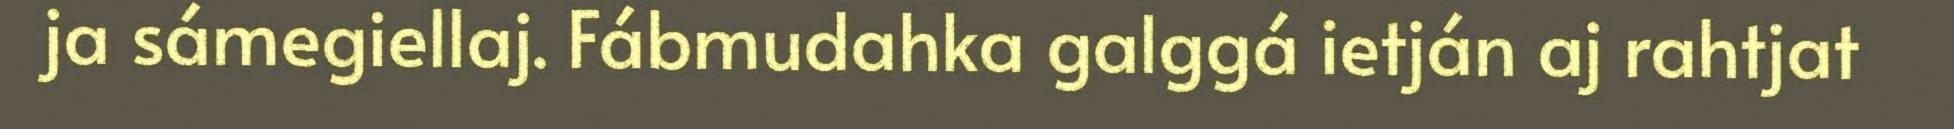
ja sámegiellaj. Fábmudahka galggá ietján aj rahtjat